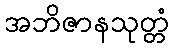
အဘိဇာနသုတ္တံ